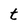
Character: t